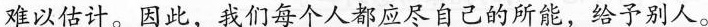
难以估计。因此，我们每个人都应尽自己的所能，给予别人。